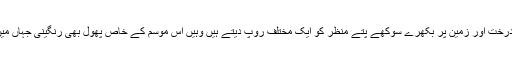
سردیوں میں جہاں ایک طرف ٹنڈ منڈ درخت اور زمین پر بکھرے سوکھے پتے منظر کو ایک مختلف روپ دیتے ہیں وہیں اس موسم کے خاص پھول بھی رنگینی جہاں میں رنگ بھرنے کی کوشش کرتے ہیں۔